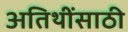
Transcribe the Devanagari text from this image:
अतिथींसाठी